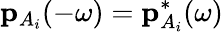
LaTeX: \mathbf{p}_{A_{i}}(-\omega)=\mathbf{p}_{A_{i}}^{*}(\omega)